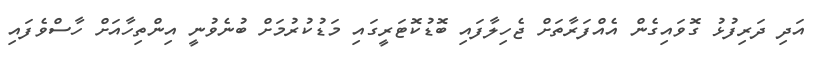
އަދި ދަރިފުޅު ގޮވައިގެން އެއްފަރާތަށް ޖެހިލާފައި ބޮޑުކޮޓަރީގައި މަޑުކުރުމަށް ބުނެވުނީ އިންތިހާއަށް ހާސްވެފައި